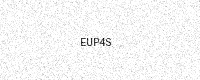
Text: EUP4S